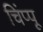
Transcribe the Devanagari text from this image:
चिंप्पू